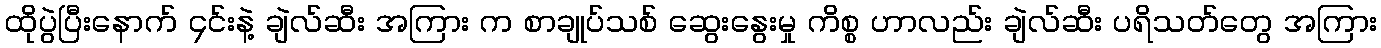
ထိုပွဲပြီးနောက် ၄င်းနဲ့ ချဲလ်ဆီး အကြား က စာချုပ်သစ် ဆွေးနွေးမှု ကိစ္စ ဟာလည်း ချဲလ်ဆီး ပရိသတ်တွေ အကြား